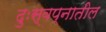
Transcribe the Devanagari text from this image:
दुःस्वप्नातील